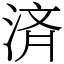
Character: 済